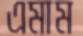
এমাম